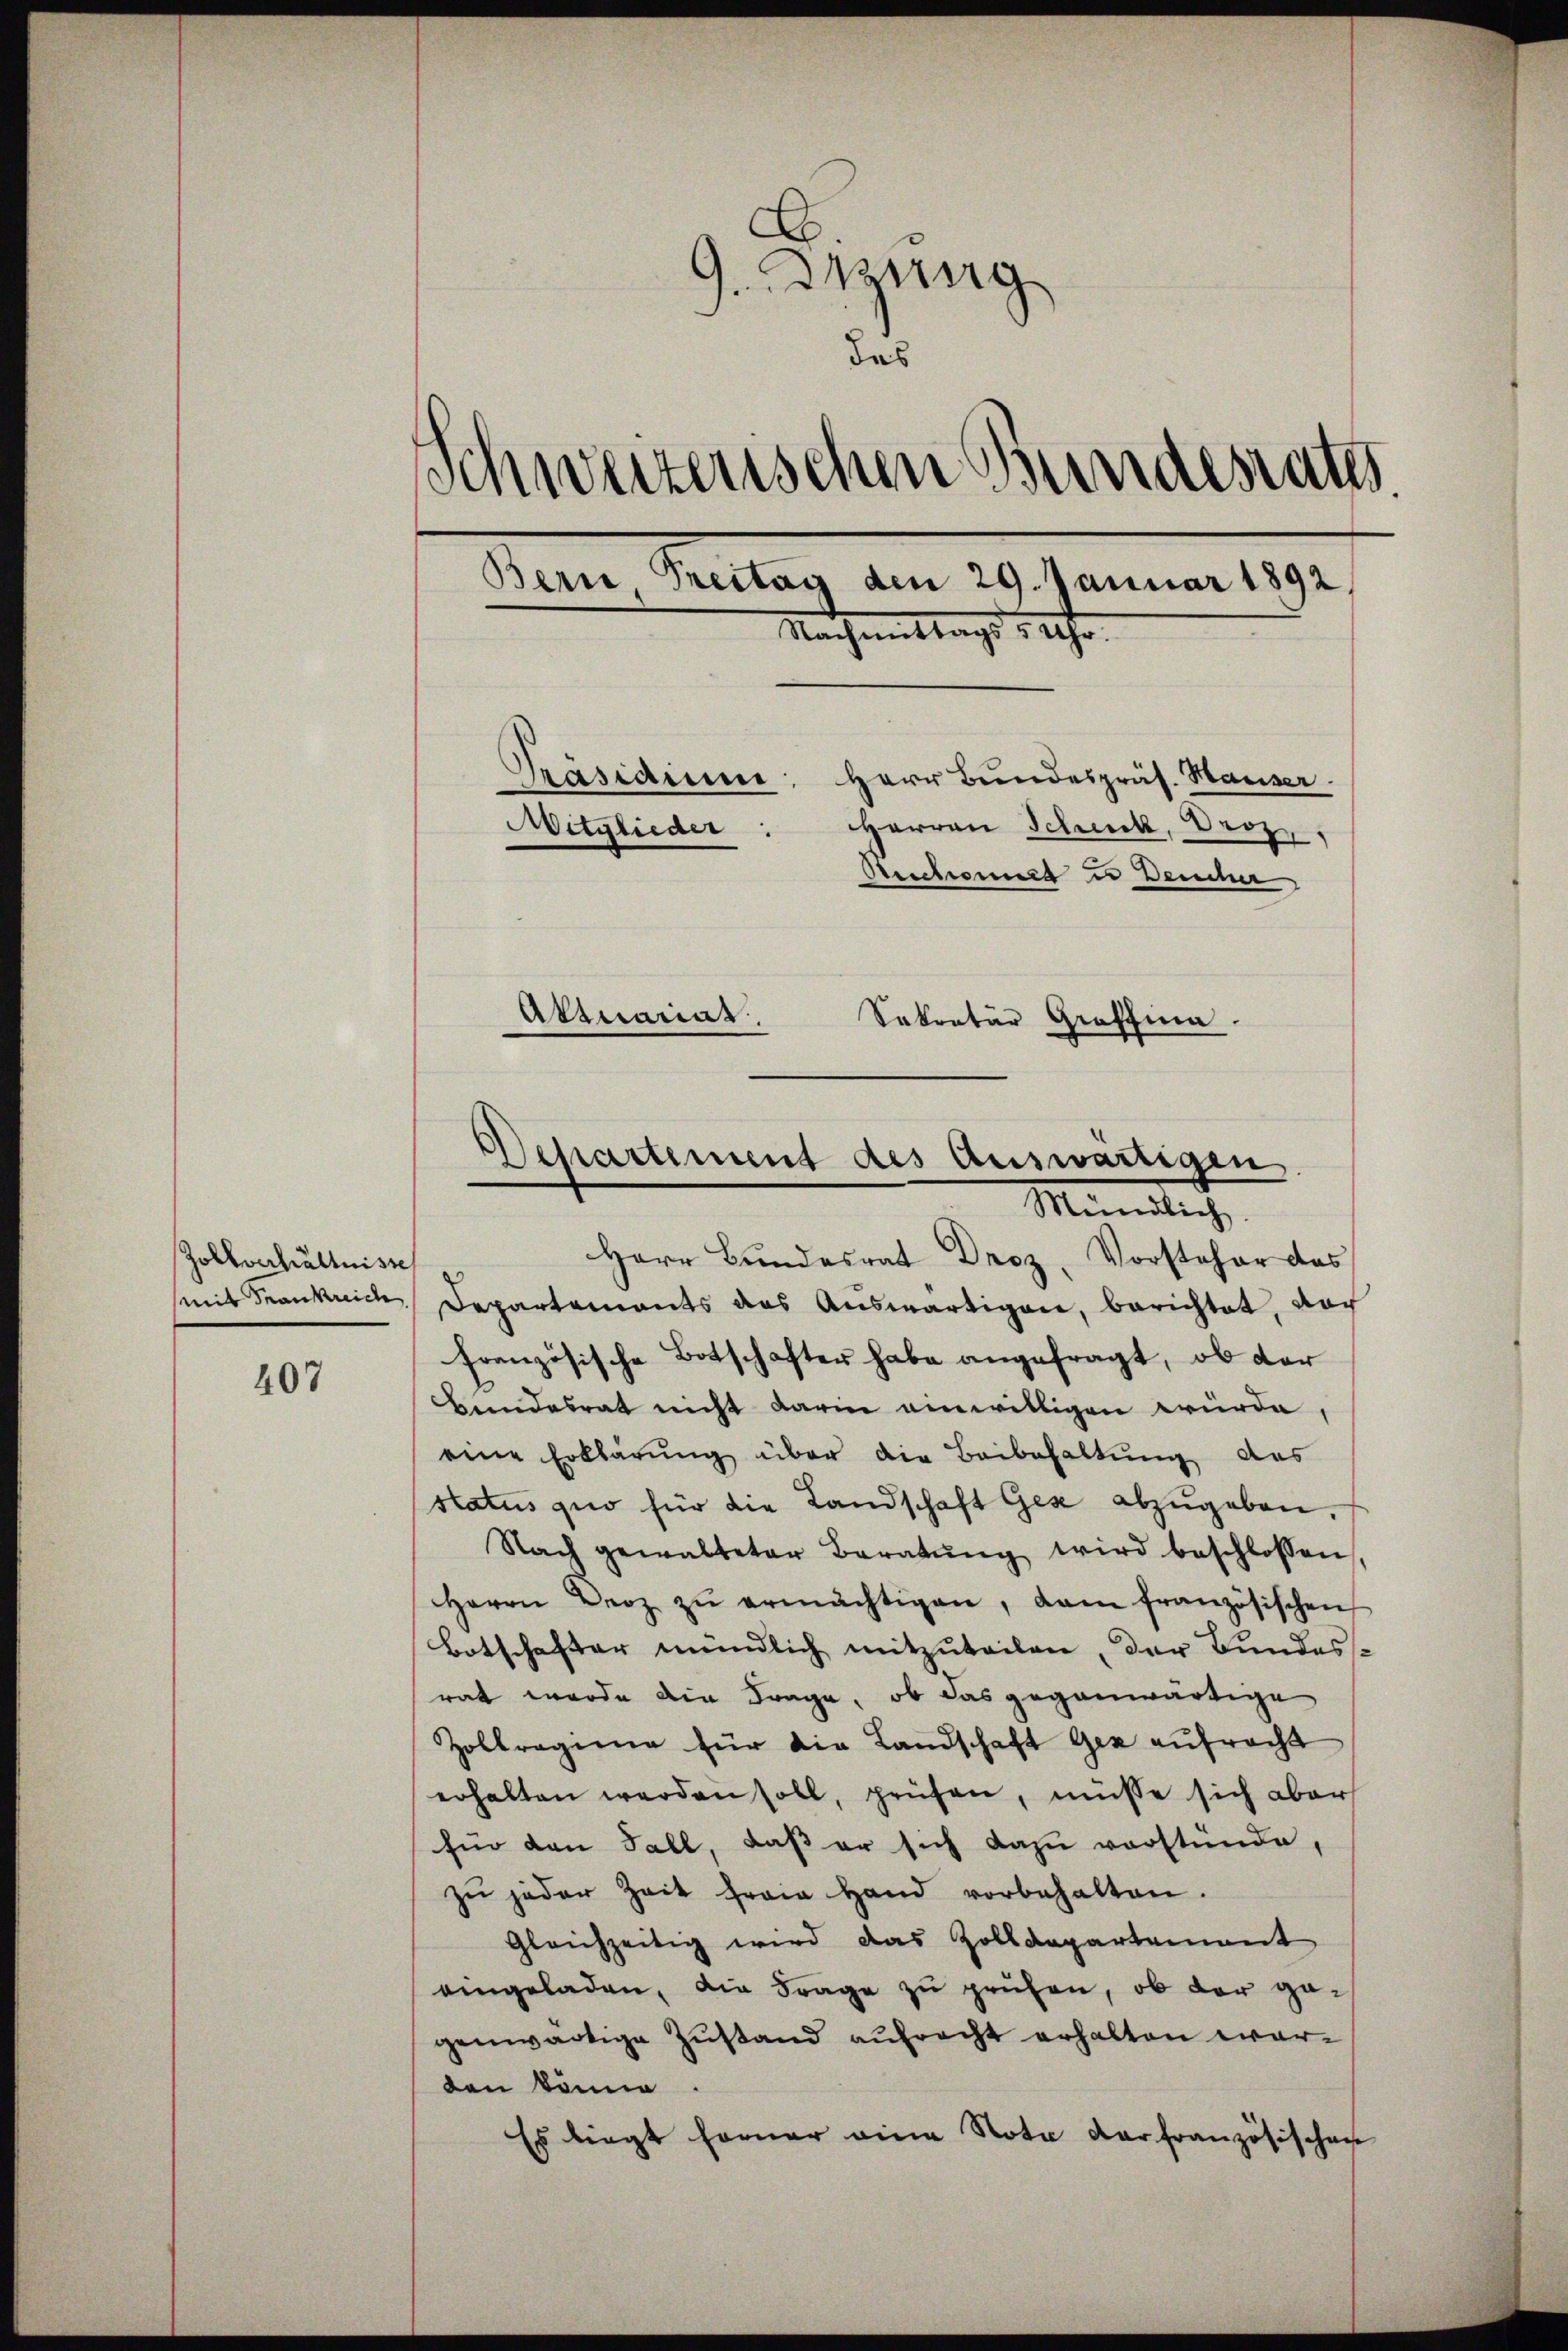
Zollverhältnisse

407

c
J. Braung
das
Schweizerischen Bundesrath
Bern, Treitag den 29. Januar 1892,
Nachmittags 1 Uhr.
Präsidium, Herr Bundespräs. Hauser.
Mitglieder: Herren Schick, Droz,
Steschonet u Deucher

Aktuarias.
Sekretär Graffina

Herr Bundesrat Droz. Vorsteher das
mit Frankreich Departements das Auswärtigen, berichtet, doch
französische Botschafter habe angefragt, ob der
Bundesrat nicht darin einwilligen würde,
eine Erklärung über die Beibehaltung des
status quo für die Landschaft Gez abzŭgeben.
Nach gewalteter Beratŭng wird beschlossen,
Herrn Deoz zŭ ermächtigen, dam französischen
Botschafter mündlich mitzuteilen, der Bundesrat werde die Frage, ob das gegenwärtige
Zollragine für die Landschaft Gez aufracht
erhalten werden soll, prüfen, müsse sich aber
für den Fall, daß er sich dazu verstünde
zŭ jeder Zeit ferin Hand vorbehalten.
gleichzeitig wird das Zolldepartement
eingeladen, die Frage zŭ prüfen, ob der gagenwärtige Zustand aufrecht erhalten warden könne.
Es liegt ferner eine Nota darfranzösischen

Departement des Auswärtigen.
Mündlich